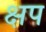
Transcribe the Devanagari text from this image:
क्षप